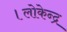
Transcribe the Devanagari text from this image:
।लोकेन्द्र